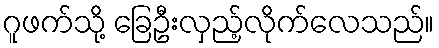
ဂူဖက်သို့ ခြေဦးလှည့်လိုက်လေသည်။